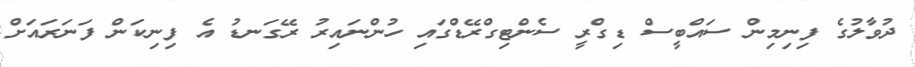
ދުވާލުގެ ފިނިމިން ސައްބީސް ޑިގްރީ ސެންޓިގްރޭޑްގައި ހުންނައިރު ރޭގަނޑު އެ ފިނިކަން ފަނަރައަށް